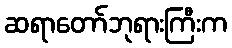
ဆရာတော်ဘုရားကြီးက